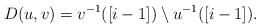
\begin{align*}D(u,v)=v^{-1}([i-1])\setminus u^{-1}([i-1]).\end{align*}